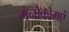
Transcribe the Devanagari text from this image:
मनोकामएं